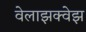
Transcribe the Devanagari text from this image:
वेलाझक्वेझ